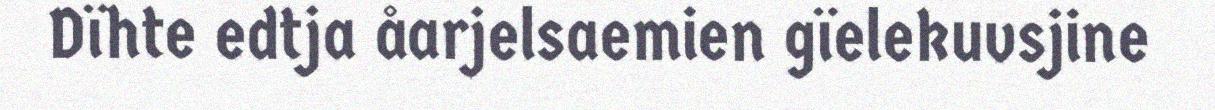
Dïhte edtja åarjelsaemien gïelekuvsjine